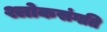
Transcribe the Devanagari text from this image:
श्लोकसंगति